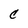
Character: C